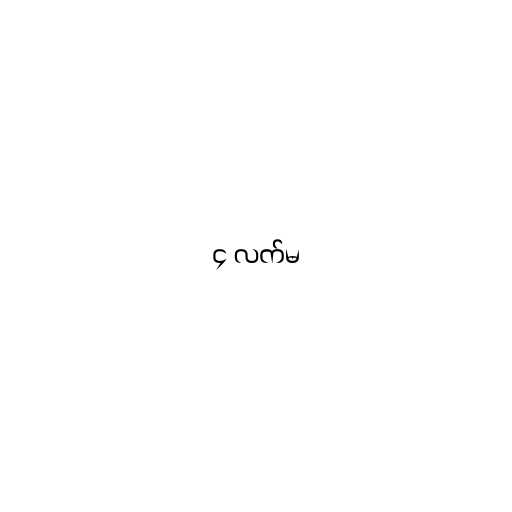
၄ လက်မ